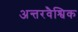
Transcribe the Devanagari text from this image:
अन्तरवैश्विक